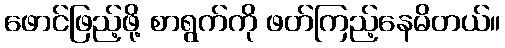
ဖောင်ဖြည့်ဖို့ စာရွက်ကို ဖတ်ကြည့်နေမိတယ်။